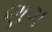
ણગ